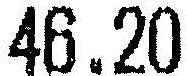
46.20